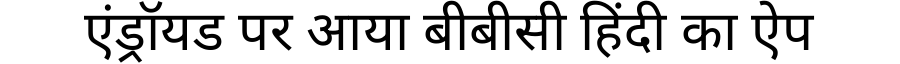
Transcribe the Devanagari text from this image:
एंड्रॉयड पर आया बीबीसी हिंदी का ऐप